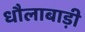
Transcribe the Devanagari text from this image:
धौलाबाड़ी